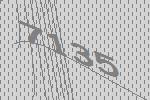
7135